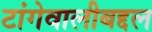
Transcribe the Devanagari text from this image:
टांगेवालीबद्दल